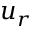
u _ { r }